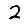
Digit: 2